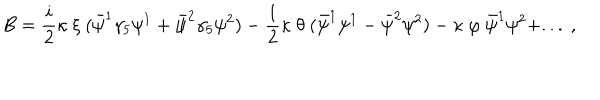
B = { \frac { i } { 2 } } \kappa \ \xi \ ( \bar { \psi } ^ { 1 } \gamma _ { 5 } \psi ^ { 1 } + \bar { \psi } ^ { 2 } \gamma _ { 5 } \psi ^ { 2 } ) - { \frac { 1 } { 2 } } \kappa \ \theta \ ( \bar { \psi } ^ { 1 } \psi ^ { 1 } - \bar { \psi } ^ { 2 } \psi ^ { 2 } ) - \kappa \ \varphi \ \bar { \psi } ^ { 1 } \psi ^ { 2 } + . . . \ , \,